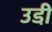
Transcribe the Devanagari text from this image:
उडी़